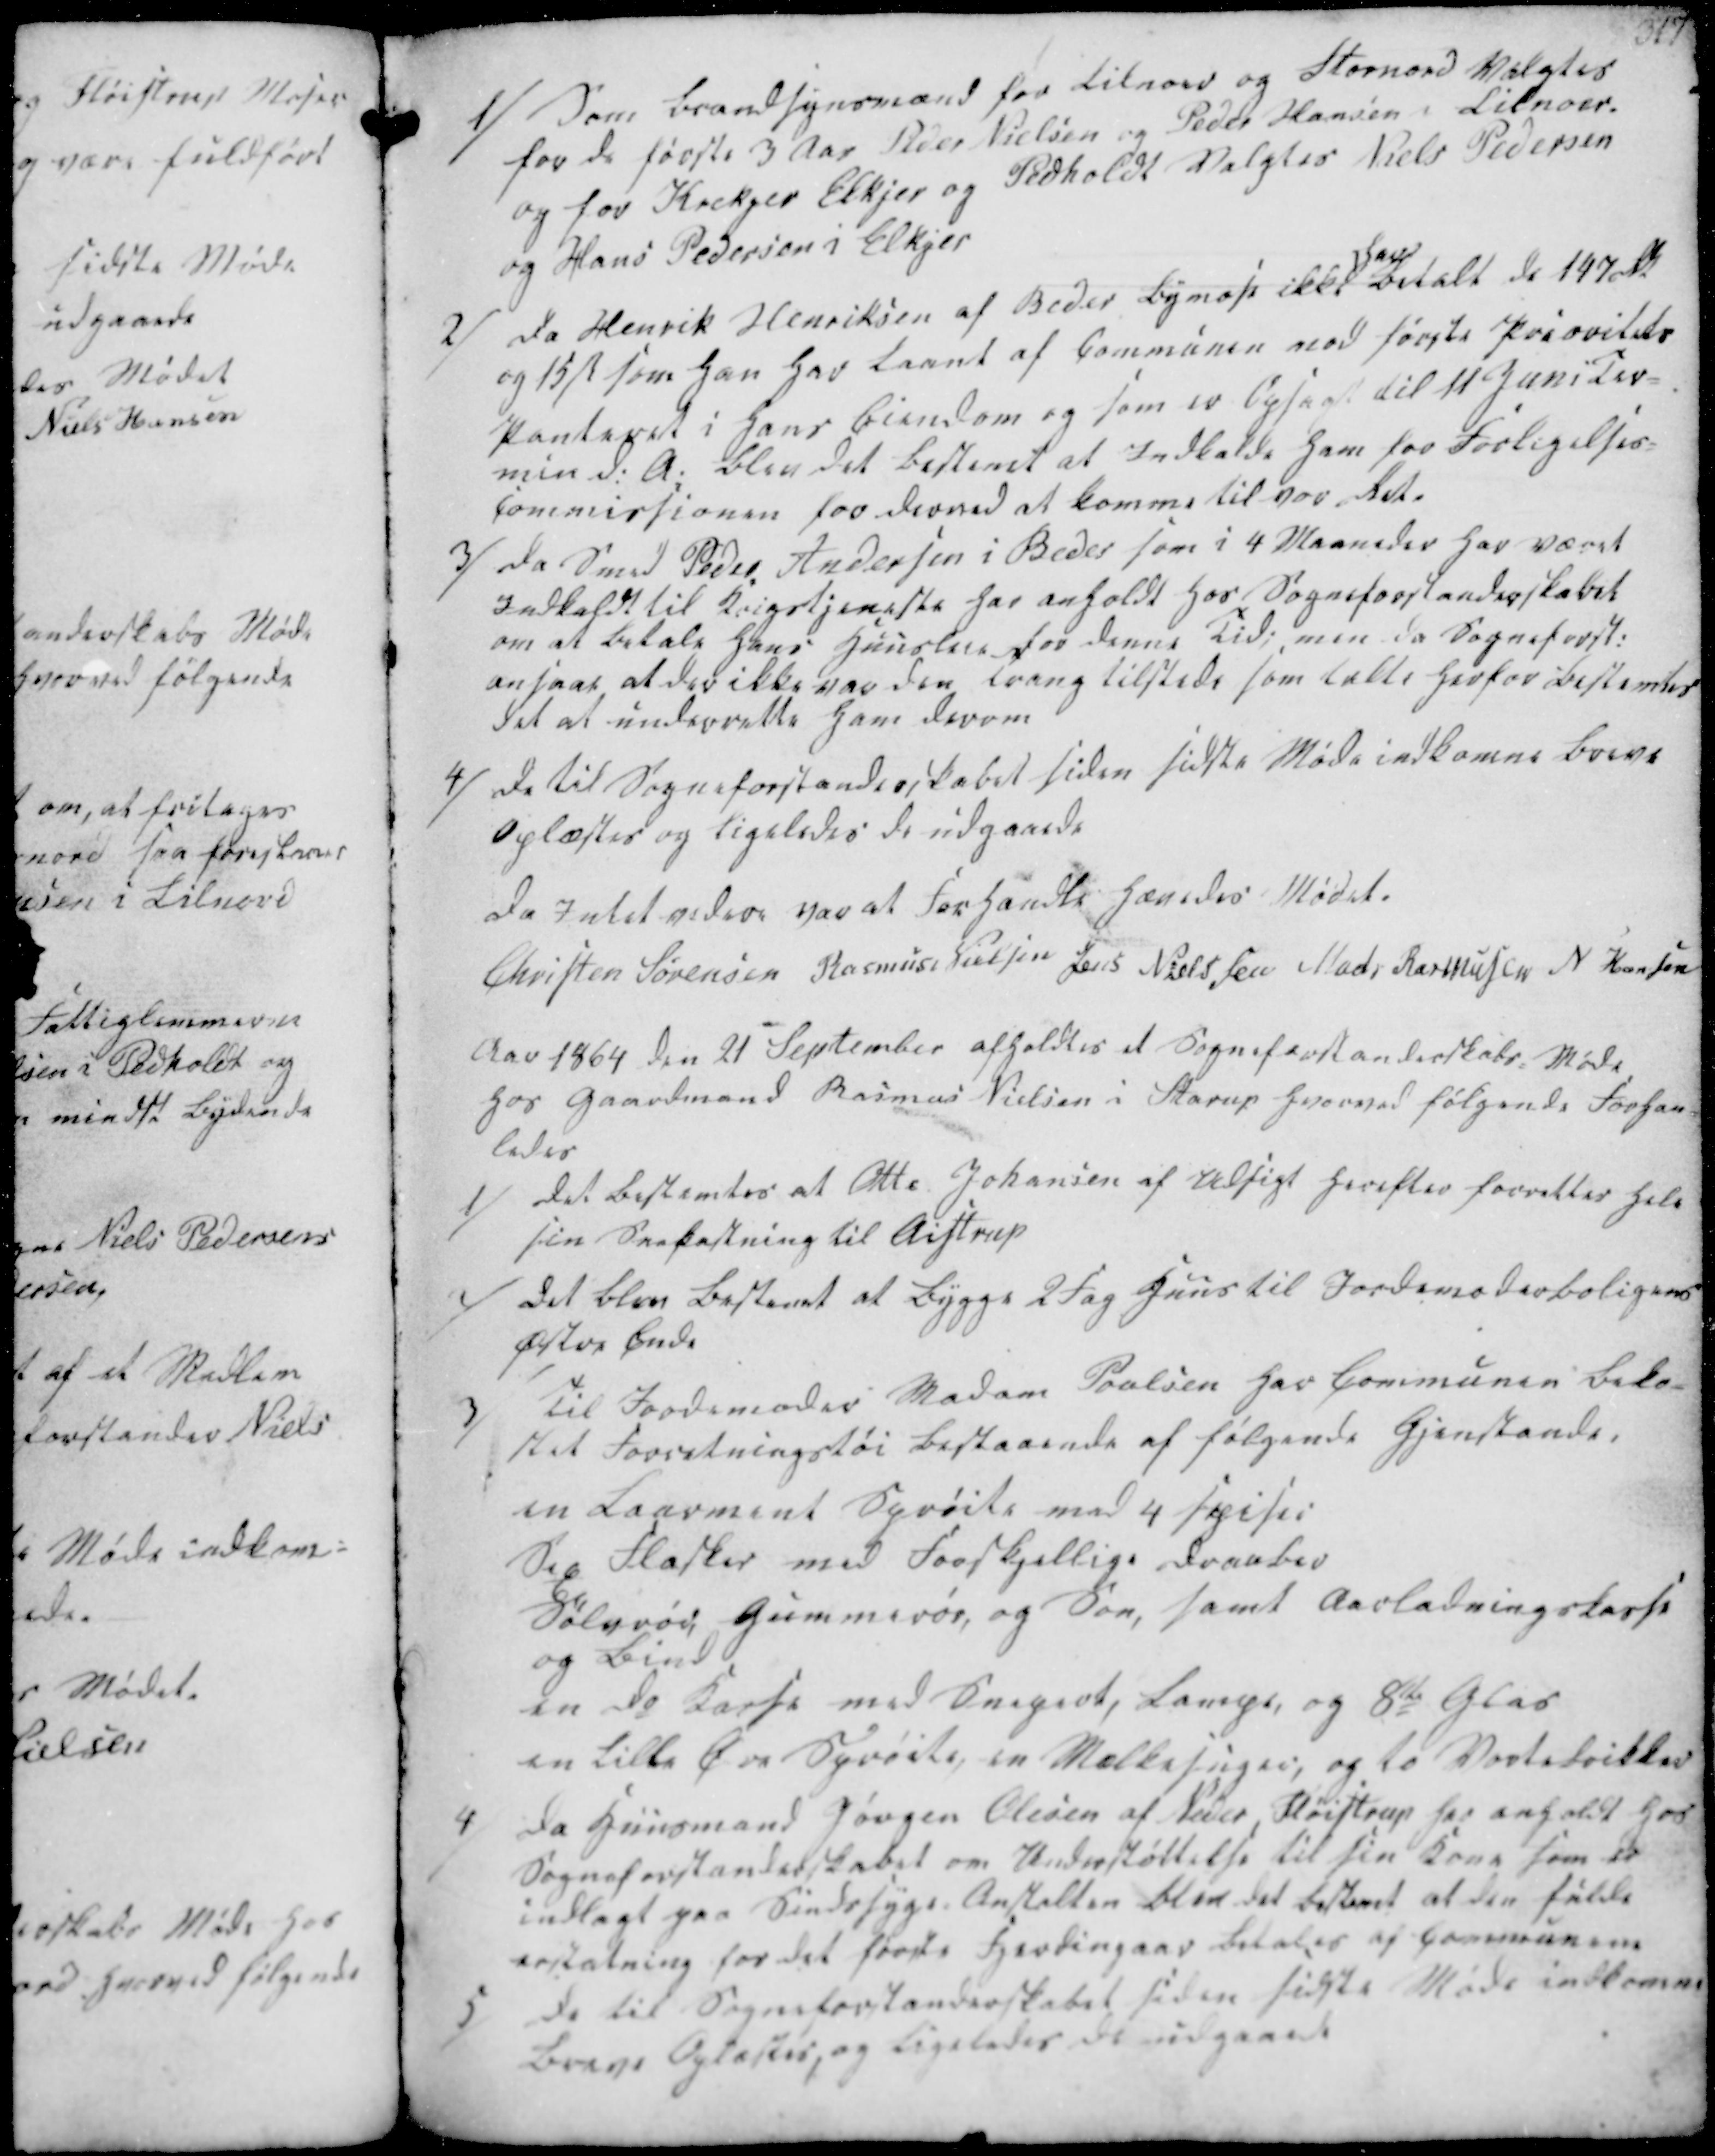
Transskription:
1/ Som Brandsynsmænd for Lilnord og Stornord Valgtes
for de første 3 Aar Peder Nielsen og Peder Hansen i Lilnoer.
og for Krekjer Elkjer og Pedholdt Valgtes Niels Pedersen
og Hans Pedersen i Elkjer
2/ Da Henrik Henriksen af Beder Bymose ikke
har
betalt de 147 Rdl
og 15 ẞ som han har laant af Communen ved første Prioritets
Panteret i hans Eiendom og som er Opsagt til 11 Juni Ter-
min d.A. blev det bestemt at Indkalde ham for Forligelses-
Commissionen for derved at komme til vor Ret.

3/ Da Smed Peder Andersen i Beder som i 4 Maaneder har været
Indkaldt til Krigstjeneste har anholdt hos Sogneforstanderskabet
om at betale hans Huusleie for denne Tid; men da Sogneforst.
ansaae at der ikke var den Trang tilstede som talte herfor bestemtes
det at underrette ham derom
4/ De til Sogneforstanderskabet siden sidste Møde indkomne Breve
Oplæstes og ligeledes de udgaaede

Da Intet videre var at Forhandle hævedes Mødet.
Christen Sørensen
Rasmus Nielsen
Jens Nielssen
Mads Rasmussen
N Hansen

Aar 1864 den 21 September afholdtes et Sogneforstanderskabs Møde
hos Gaardmand Rasmus Nielsen i Starup hvorved følgende Forhan-
ledes

1/ Det bestemtes at Otte Johansen af Udsigt herefter forrettes hele
sin Snekastning til Aistrup
2/
Det blev bestemt at bygge 2 Fag Huus til Jordemoderboligens
Østre Ende

3/ Til Jordemoder Madam Poulsen har Communen beko-
stet Forretningstøi bestaaende af følgende Gjenstande.
en Laarment Sprøite med 4 spiser
Sex Flasker med Forskjellige Draaber
Sølvrød Gummirør, og Son, samt Aarladningskasse
og Bind
en do Kasse med Snepert, Lampe, og 8te Glas
en lille Øre Sprøite, en Mælkesuger, og to Vortebrikker

4/
Da Huusmand Jørgen Olesen af Neder Fløistrup har anholdt hos
Sogneforstanderskabet om Understøttelse til sin Kone som er
indlagt paa Sindssyge Anstalten blev det bestemt at den fulde
erstatning for det første Fjerdingaar betales af Communen
5/ De til Sogneforstanderskabet siden sidste Møde indkomne
Breve Oplæstes, og ligeledes de udgaaede